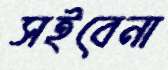
সইবেনা